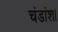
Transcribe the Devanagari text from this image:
चंडांश।